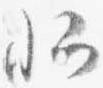
卿